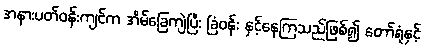
အနားပတ်ဝန်းကျင်က အိမ်ခြေကျဲပြီး ခြံဝန်း နှင့်နေကြသည်ဖြစ်၍ တော်ရုံနှင့်